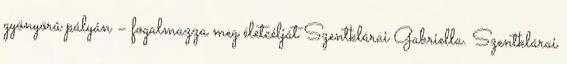
gyönyörû pályán – fogalmazza meg életcélját Szentklárai Gabriella. Szentklárai